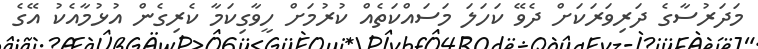
މަދަރުސާގެ ދަރިވަރަކަށް ދެވޭ ކަހަލަ މަސައްކަތެއް ކުރުމަށް ހީވާގިކަމާ ކެރިގެން އުޅުމާއެކު އޭގެ